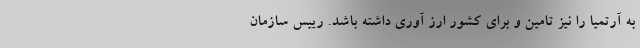
به آرتمیا را نیز تامین و برای کشور ارز آوری داشته باشد. رییس سازمان